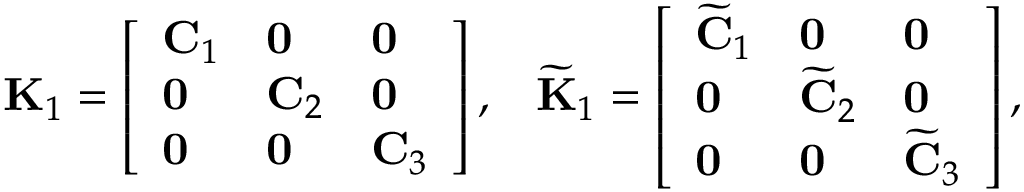
\mathbf { K } _ { 1 } = \left[ \begin{array} { l l l } { \mathbf { C } _ { 1 } } & { \mathbf { 0 } } & { \mathbf { 0 } } \\ { \mathbf { 0 } } & { \mathbf { C } _ { 2 } } & { \mathbf { 0 } } \\ { \mathbf { 0 } } & { \mathbf { 0 } } & { \mathbf { C } _ { 3 } } \end{array} \right] , \; \; \; \widetilde { \mathbf { K } } _ { 1 } = \left[ \begin{array} { l l l } { \widetilde { \mathbf { C } } _ { 1 } } & { \mathbf { 0 } } & { \mathbf { 0 } } \\ { \mathbf { 0 } } & { \widetilde { \mathbf { C } } _ { 2 } } & { \mathbf { 0 } } \\ { \mathbf { 0 } } & { \mathbf { 0 } } & { \widetilde { \mathbf { C } } _ { 3 } } \end{array} \right] ,